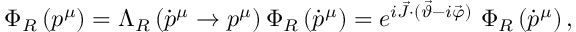
\Phi _ { R } \left( p ^ { \mu } \right) = \Lambda _ { R } \left( \dot { p } ^ { \mu } \to p ^ { \mu } \right) \Phi _ { R } \left( \dot { p } ^ { \mu } \right) = e ^ { i \vec { J } \cdot ( \vec { \vartheta } - i \vec { \varphi } ) } ~ \Phi _ { R } \left( \dot { p } ^ { \mu } \right) ,